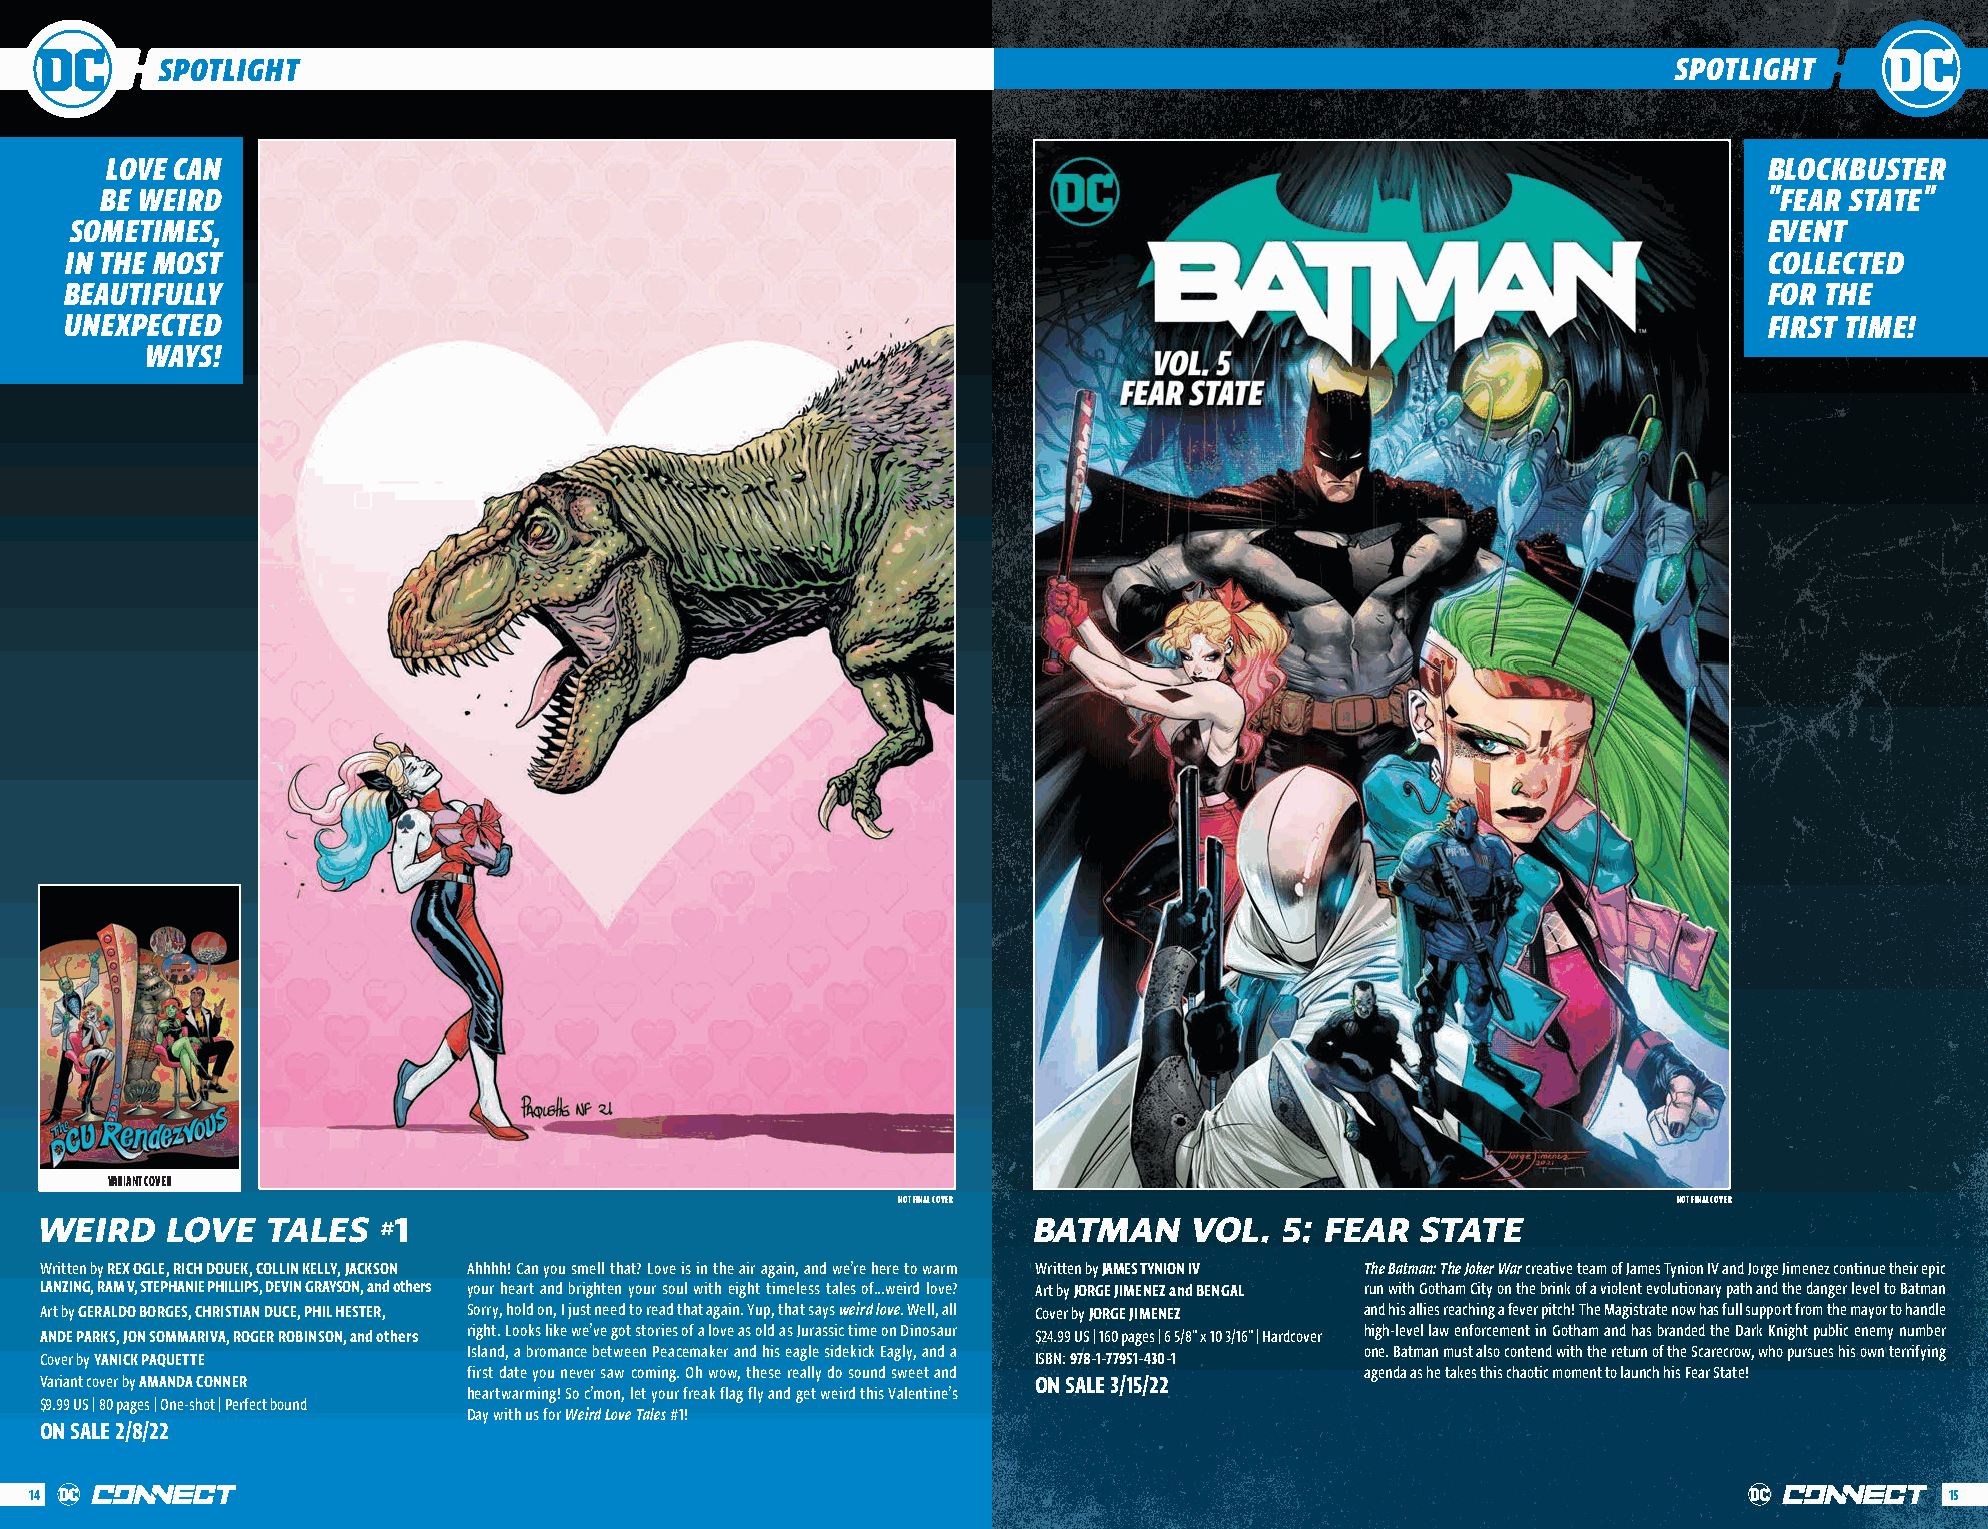
SPOTLIGHT                                                                                           SPOTLIGHT
 LOVE CAN                                                                                                      BLOCKBUSTER
 BE WEIRD                                                                                                      "FEAR STATE"
 SOMETIMES,                                                                                                      EVENT
 IN THE MOST                                                                                                      COLLECTED
 BEAUTIFULLY                                                                                                      FOR THE
 UNEXPECTED                                                                                                       FIRST TIME!
 WAYS!
 VARIANT COVER
 NOT FINAL COVER                                     NOT FINAL COVER
 WEIRD    LOVE   TALES   1                                         BATMAN     VOL.  5: FEAR  STATE
 #
 Written by REX OGLE, RICH DOUEK, COLLIN KELLY, JACKSON Ahhhh! Can you smell that? Love is in the air again, and we’re here to warm Written by JAMES TYNION IV The Batman: The Joker War creative team of James Tynion IV and Jorge Jimenez continue their epic
 LANZING, RAM V, STEPHANIE PHILLIPS, DEVIN GRAYSON, and others your heart and brighten your soul with eight timeless tales of…weird love? Art by JORGE JIMENEZ and BENGAL run with Gotham City on the brink of a violent evolutionary path and the danger level to Batman
 Art by GERALDO BORGES, CHRISTIAN DUCE, PHIL HESTER, Sorry, hold on, I just need to read that again. Yup, that says weird love. Well, all Cover by JORGE JIMENEZ and his allies reaching a fever pitch! The Magistrate now has full support from the mayor to handle
 ANDE PARKS, JON SOMMARIVA, ROGER ROBINSON, and others right. Looks like we’ve got stories of a love as old as Jurassic time on Dinosaur $24.99 US | 160 pages | 6 5/8" x 10 3/16" | Hardcover high-level law enforcement in Gotham and has branded the Dark Knight public enemy number
 Island, a bromance between Peacemaker and his eagle sidekick Eagly, and a one. Batman must also contend with the return of the Scarecrow, who pursues his own terrifying
 Cover by YANICK PAQUETTE                                          ISBN: 978-1-77951-430-1
 first date you never saw coming. Oh wow, these really do sound sweet and agenda as he takes this chaotic moment to launch his Fear State!
 Variant cover by AMANDA CONNER                                    ON SALE 3/15/22
 heartwarming! So c’mon, let your freak flag fly and get weird this Valentine’s
 $9.99 US | 80 pages | One-shot | Perfect bound
 Day with us for Weird Love Tales #1!
 ON SALE 2/8/22
 14                                                                                                                             15